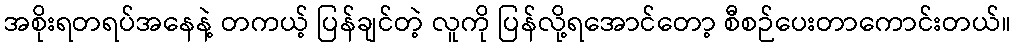
အစိုးရတရပ်အနေနဲ့ တကယ့် ပြန်ချင်တဲ့ လူကို ပြန်လို့ရအောင်တော့ စီစဉ်ပေးတာကောင်းတယ်။